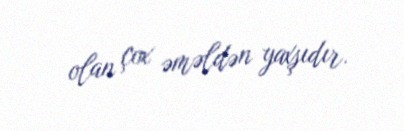
olan çox əməldən yaxşıdır.